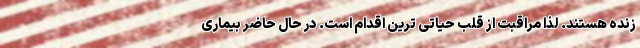
زنده هستند. لذا مراقبت از قلب حیاتی ترین اقدام است. در حال حاضر بیماری